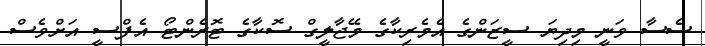
ސެސާ ވަނީ މިދިޔަ ސީޒަންގެ އެމެރިކާގެ މޭޖާލީގް ސޮކާގެ ޓޮރެންޓޯ އެފްސީ އަށްވެސް